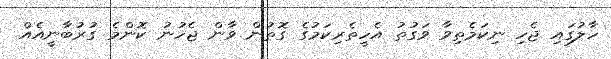
ހާލުގައި ޖެހި ނިކަމެތިވާ ވަގުތު އެހީތެރިކަމުގެ ގޮތުން ވާން ޖެހުނު ކޮންމެ ގުރުބާނީއެއް